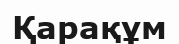
Қарақұм